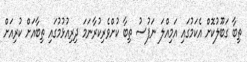
ތިބާ ގަބޫލުކޮށް އެކަމުގައި އަމިއްލަ ނަފުސު ތިބާ ކުށްވެރިކުރާނަމަ ދިރިއުޅުމުގައި ތިބާއަށް ކުރިއަށް